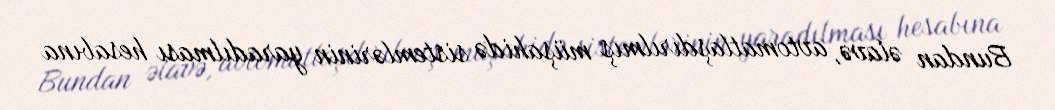
Bundan əlavə, avtomatlaşdırılmış müşahidə sistemlərinin yaradılması hesabına